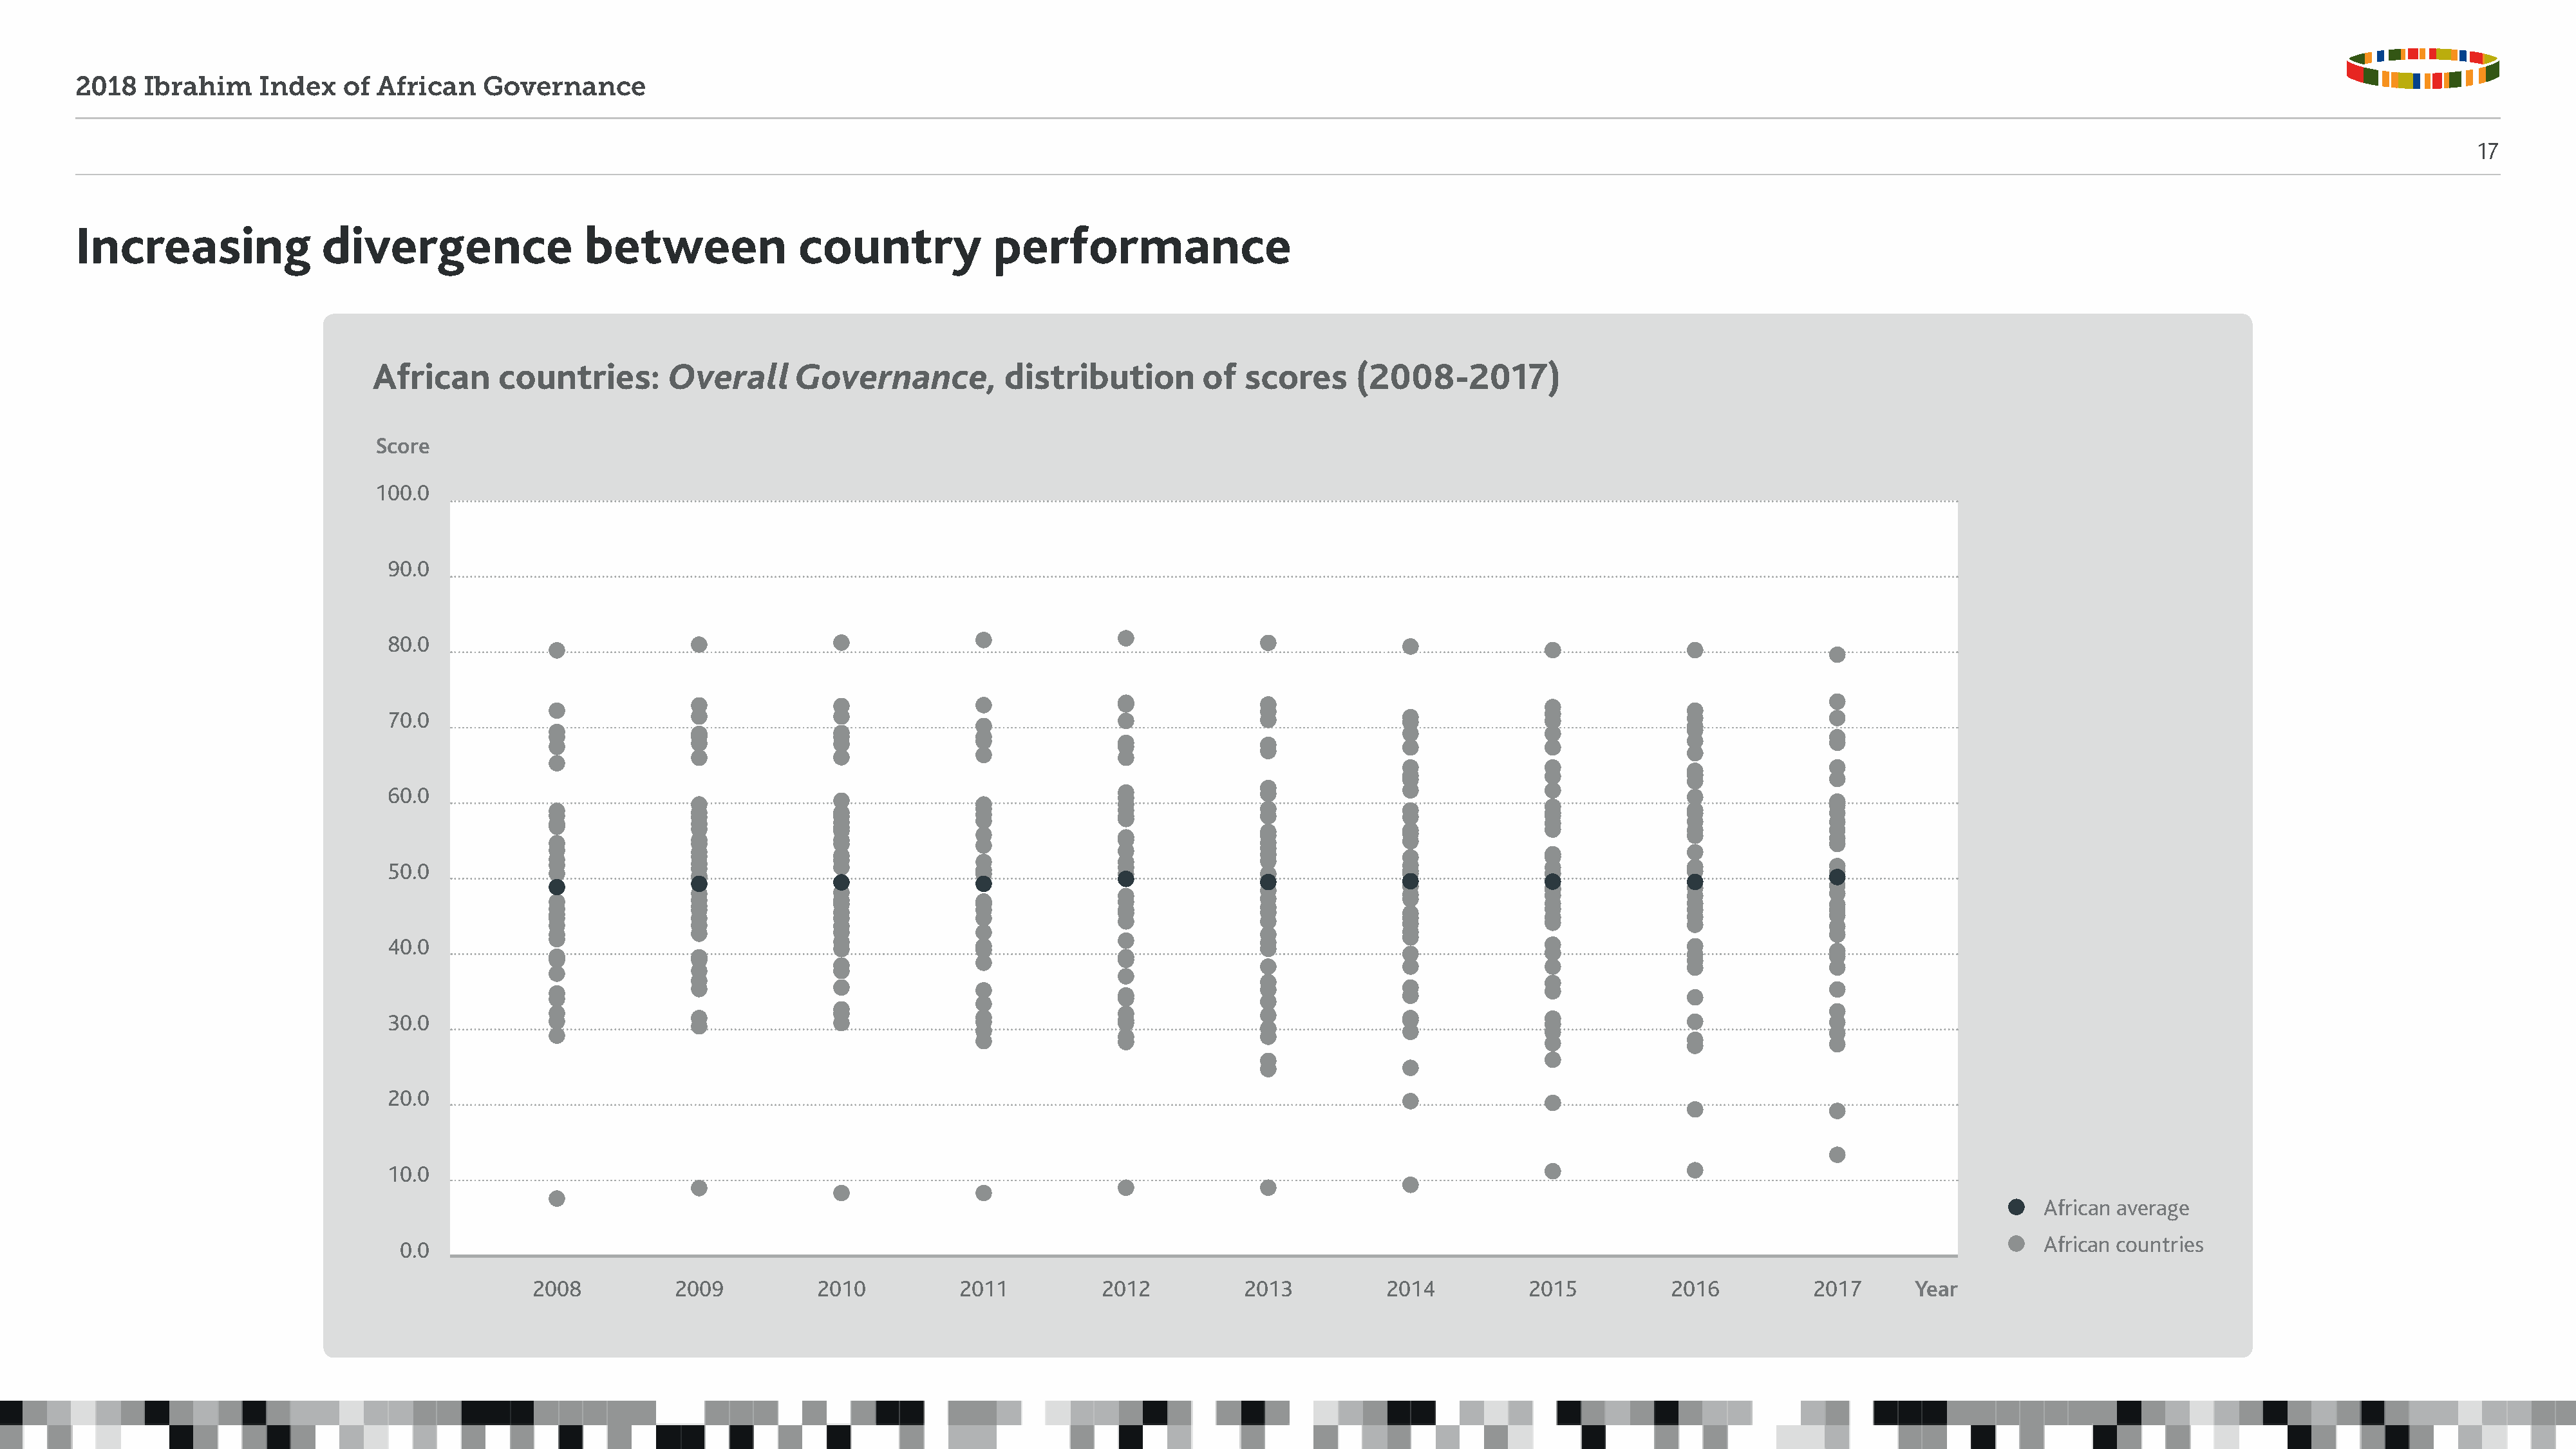
2018   Ibrahim     Index   of  African    Governance
 17
 Increasing               divergence                 between               country             performance
 African      countries:        Overall      Governance,          distribution         of  scores     (2008-2017)
 Score
 100.0
 90.0
 80.0
 70.0
 60.0
 50.0
 40.0
 30.0
 20.0
 10.0
 African average
 African countries
 0.0
 2008          2009           2010           2011          2012           2013          2014           2015           2016          2017       Year